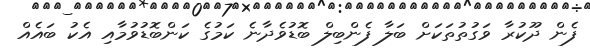
ފެން ދޫކުރާ ވަގުތުތަކަށް ބަލާ ފެންބިލް ބޮޑުވެދާނެ ކަމުގެ ކަންބޮޑުވުމާއި އެކު ބައެއް